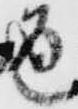
通